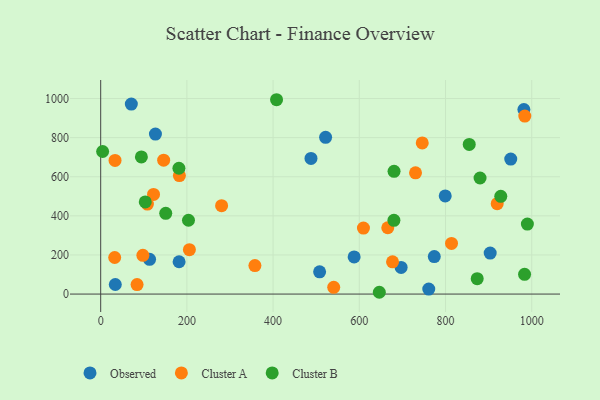
{"axis": {"x": "Experience", "y": "Demand"}, "legend": ["Cluster A", "Cluster B", "Observed"], "data": [{"x": "113.4", "y": 177.7, "type": "Observed"}, {"x": "33.9", "y": 48.9, "type": "Observed"}, {"x": "761.1", "y": 25.5, "type": "Observed"}, {"x": "507.9", "y": 113.9, "type": "Observed"}, {"x": "71.1", "y": 971.9, "type": "Observed"}, {"x": "487.9", "y": 693.9, "type": "Observed"}, {"x": "981.8", "y": 944.0, "type": "Observed"}, {"x": "127.0", "y": 818.3, "type": "Observed"}, {"x": "799.3", "y": 502.0, "type": "Observed"}, {"x": "697.0", "y": 136.5, "type": "Observed"}, {"x": "903.6", "y": 209.5, "type": "Observed"}, {"x": "588.0", "y": 189.8, "type": "Observed"}, {"x": "521.8", "y": 801.7, "type": "Observed"}, {"x": "773.9", "y": 191.9, "type": "Observed"}, {"x": "951.3", "y": 690.2, "type": "Observed"}, {"x": "181.9", "y": 165.4, "type": "Observed"}, {"x": "746.0", "y": 772.9, "type": "Cluster A"}, {"x": "677.1", "y": 164.9, "type": "Cluster A"}, {"x": "146.1", "y": 684.9, "type": "Cluster A"}, {"x": "33.3", "y": 683.7, "type": "Cluster A"}, {"x": "122.6", "y": 509.8, "type": "Cluster A"}, {"x": "666.0", "y": 339.2, "type": "Cluster A"}, {"x": "540.6", "y": 34.5, "type": "Cluster A"}, {"x": "97.9", "y": 198.2, "type": "Cluster A"}, {"x": "609.6", "y": 337.4, "type": "Cluster A"}, {"x": "730.4", "y": 620.2, "type": "Cluster A"}, {"x": "280.5", "y": 452.3, "type": "Cluster A"}, {"x": "357.8", "y": 145.8, "type": "Cluster A"}, {"x": "919.9", "y": 462.5, "type": "Cluster A"}, {"x": "983.9", "y": 910.4, "type": "Cluster A"}, {"x": "32.5", "y": 187.1, "type": "Cluster A"}, {"x": "813.9", "y": 258.8, "type": "Cluster A"}, {"x": "205.8", "y": 227.0, "type": "Cluster A"}, {"x": "182.6", "y": 606.1, "type": "Cluster A"}, {"x": "108.4", "y": 460.3, "type": "Cluster A"}, {"x": "84.4", "y": 48.7, "type": "Cluster A"}, {"x": "680.6", "y": 627.6, "type": "Cluster B"}, {"x": "181.5", "y": 643.4, "type": "Cluster B"}, {"x": "408.0", "y": 993.9, "type": "Cluster B"}, {"x": "880.1", "y": 593.7, "type": "Cluster B"}, {"x": "855.0", "y": 765.1, "type": "Cluster B"}, {"x": "150.9", "y": 412.9, "type": "Cluster B"}, {"x": "983.4", "y": 101.0, "type": "Cluster B"}, {"x": "873.5", "y": 78.7, "type": "Cluster B"}, {"x": "4.5", "y": 729.1, "type": "Cluster B"}, {"x": "928.2", "y": 499.8, "type": "Cluster B"}, {"x": "680.3", "y": 377.4, "type": "Cluster B"}, {"x": "989.9", "y": 357.8, "type": "Cluster B"}, {"x": "203.7", "y": 377.6, "type": "Cluster B"}, {"x": "646.4", "y": 9.2, "type": "Cluster B"}, {"x": "103.4", "y": 471.0, "type": "Cluster B"}, {"x": "94.4", "y": 701.3, "type": "Cluster B"}]}